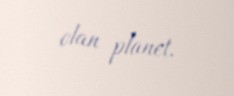
olan planet.